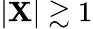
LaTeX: \lvert\mathbf{X}\rvert\gtrsim1